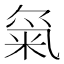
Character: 𱸿